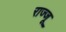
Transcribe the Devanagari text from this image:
राज्जू